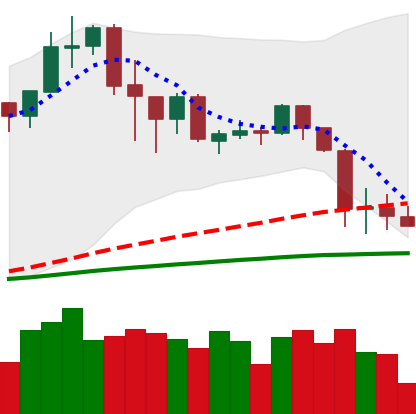
Ticker: ADA-USD
Chart end date: 2020-02-29
Forward return: 7.396%
Label: up_7plus